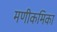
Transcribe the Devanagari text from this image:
मणीकमिका